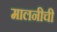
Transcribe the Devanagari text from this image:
मालनीची